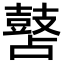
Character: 䵿